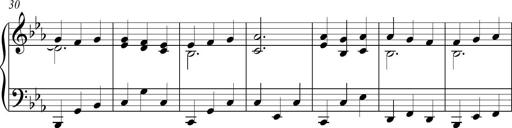
Title: Piano Sonatina in C
Composer: Daniel LÃ©o Simpson
Key: C major